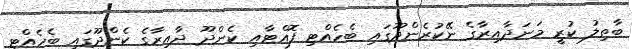
ބާތިލު ކުރީ މަނަދާއިރާގެ ނޭކުރެންދޫގައި ބެހެއްޓި ފޮއްޓާއި ކެންދޫ ދާއިރާގެ ކެންދޫގައި ބެހެއްޓި